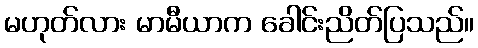
မဟုတ်လား မာမီယာက ခေါင်းညိတ်ပြသည်။